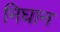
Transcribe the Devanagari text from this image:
निघान